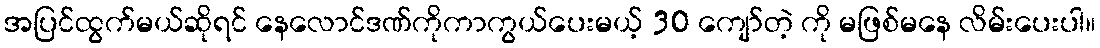
အပြင်ထွက်မယ်ဆိုရင် နေလောင်ဒဏ်ကိုကာကွယ်ပေးမယ့် 30 ကျော်တဲ့ ကို မဖြစ်မနေ လိမ်းပေးပါ။